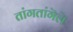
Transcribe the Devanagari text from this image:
तांगतांगॆलॆ